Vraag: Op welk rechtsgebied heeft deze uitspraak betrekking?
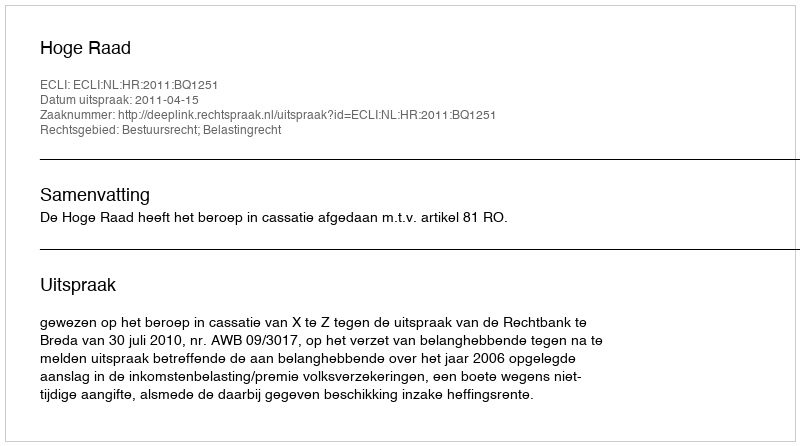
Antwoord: Bestuursrecht; Belastingrecht